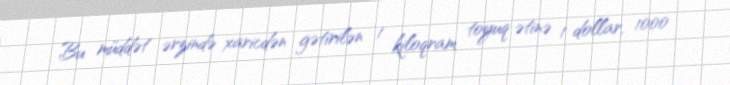
Bu müddət ərzində xaricdən gətirilən 1 kiloqram toyuq ətinə 1 dollar, 1000